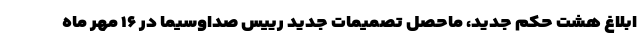
ابلاغ هشت حکم جدید، ماحصل تصمیمات جدید رییس صداوسیما در ۱۶ مهر ماه